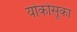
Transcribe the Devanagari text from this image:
योकोसूका